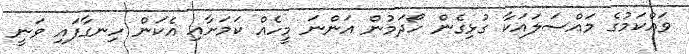
ވައްކަމުގެ މައްސަލައަކާ ގުޅިގެން ހޯދަމުން އަންނަ މީހެއް ކަމަށާއި އެކަން ހިނގާފައި ވަނީ